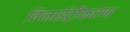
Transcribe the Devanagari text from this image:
विनाईट्रीकरण